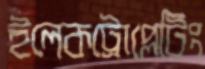
ইলেকট্রোপ্লেটিং